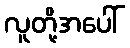
လူတို့အပေါ်